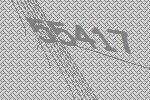
55417